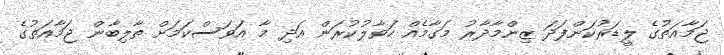
ޖަމާއަތުގެ ލީޑަރުކަންފަދަ ޒިންމާދާރު މަގާމެއް ހަވާލުކުރަން އަދި މާ އަވަސްކަމަށް ތާލިބާން ޖަމާއަތުގެ